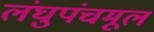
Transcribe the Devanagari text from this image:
लंघुपंचमूल